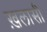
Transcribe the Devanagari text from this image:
ख़लासी